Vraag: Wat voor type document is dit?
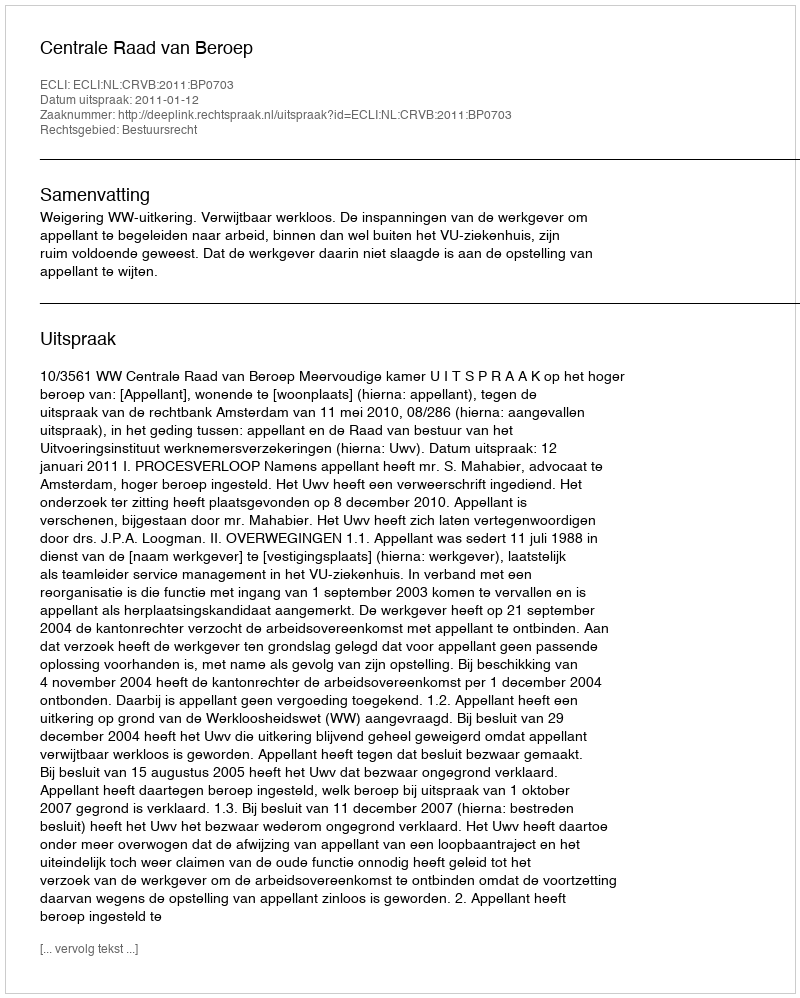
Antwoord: Uitspraak